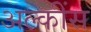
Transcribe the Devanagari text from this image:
अल्कींस